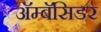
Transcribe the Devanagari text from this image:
अॅम्बॅसिडर